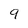
Character: 9